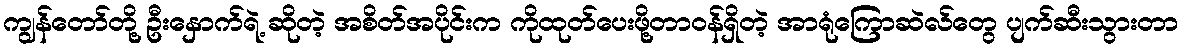
ကျွန်တော်တို့ ဦးနှောက်ရဲ့ ဆိုတဲ့ အစိတ်အပိုင်းက ကိုထုတ်ပေးဖို့တာဝန်ရှိတဲ့ အာရုံကြောဆဲလ်တွေ ပျက်ဆီးသွားတာ